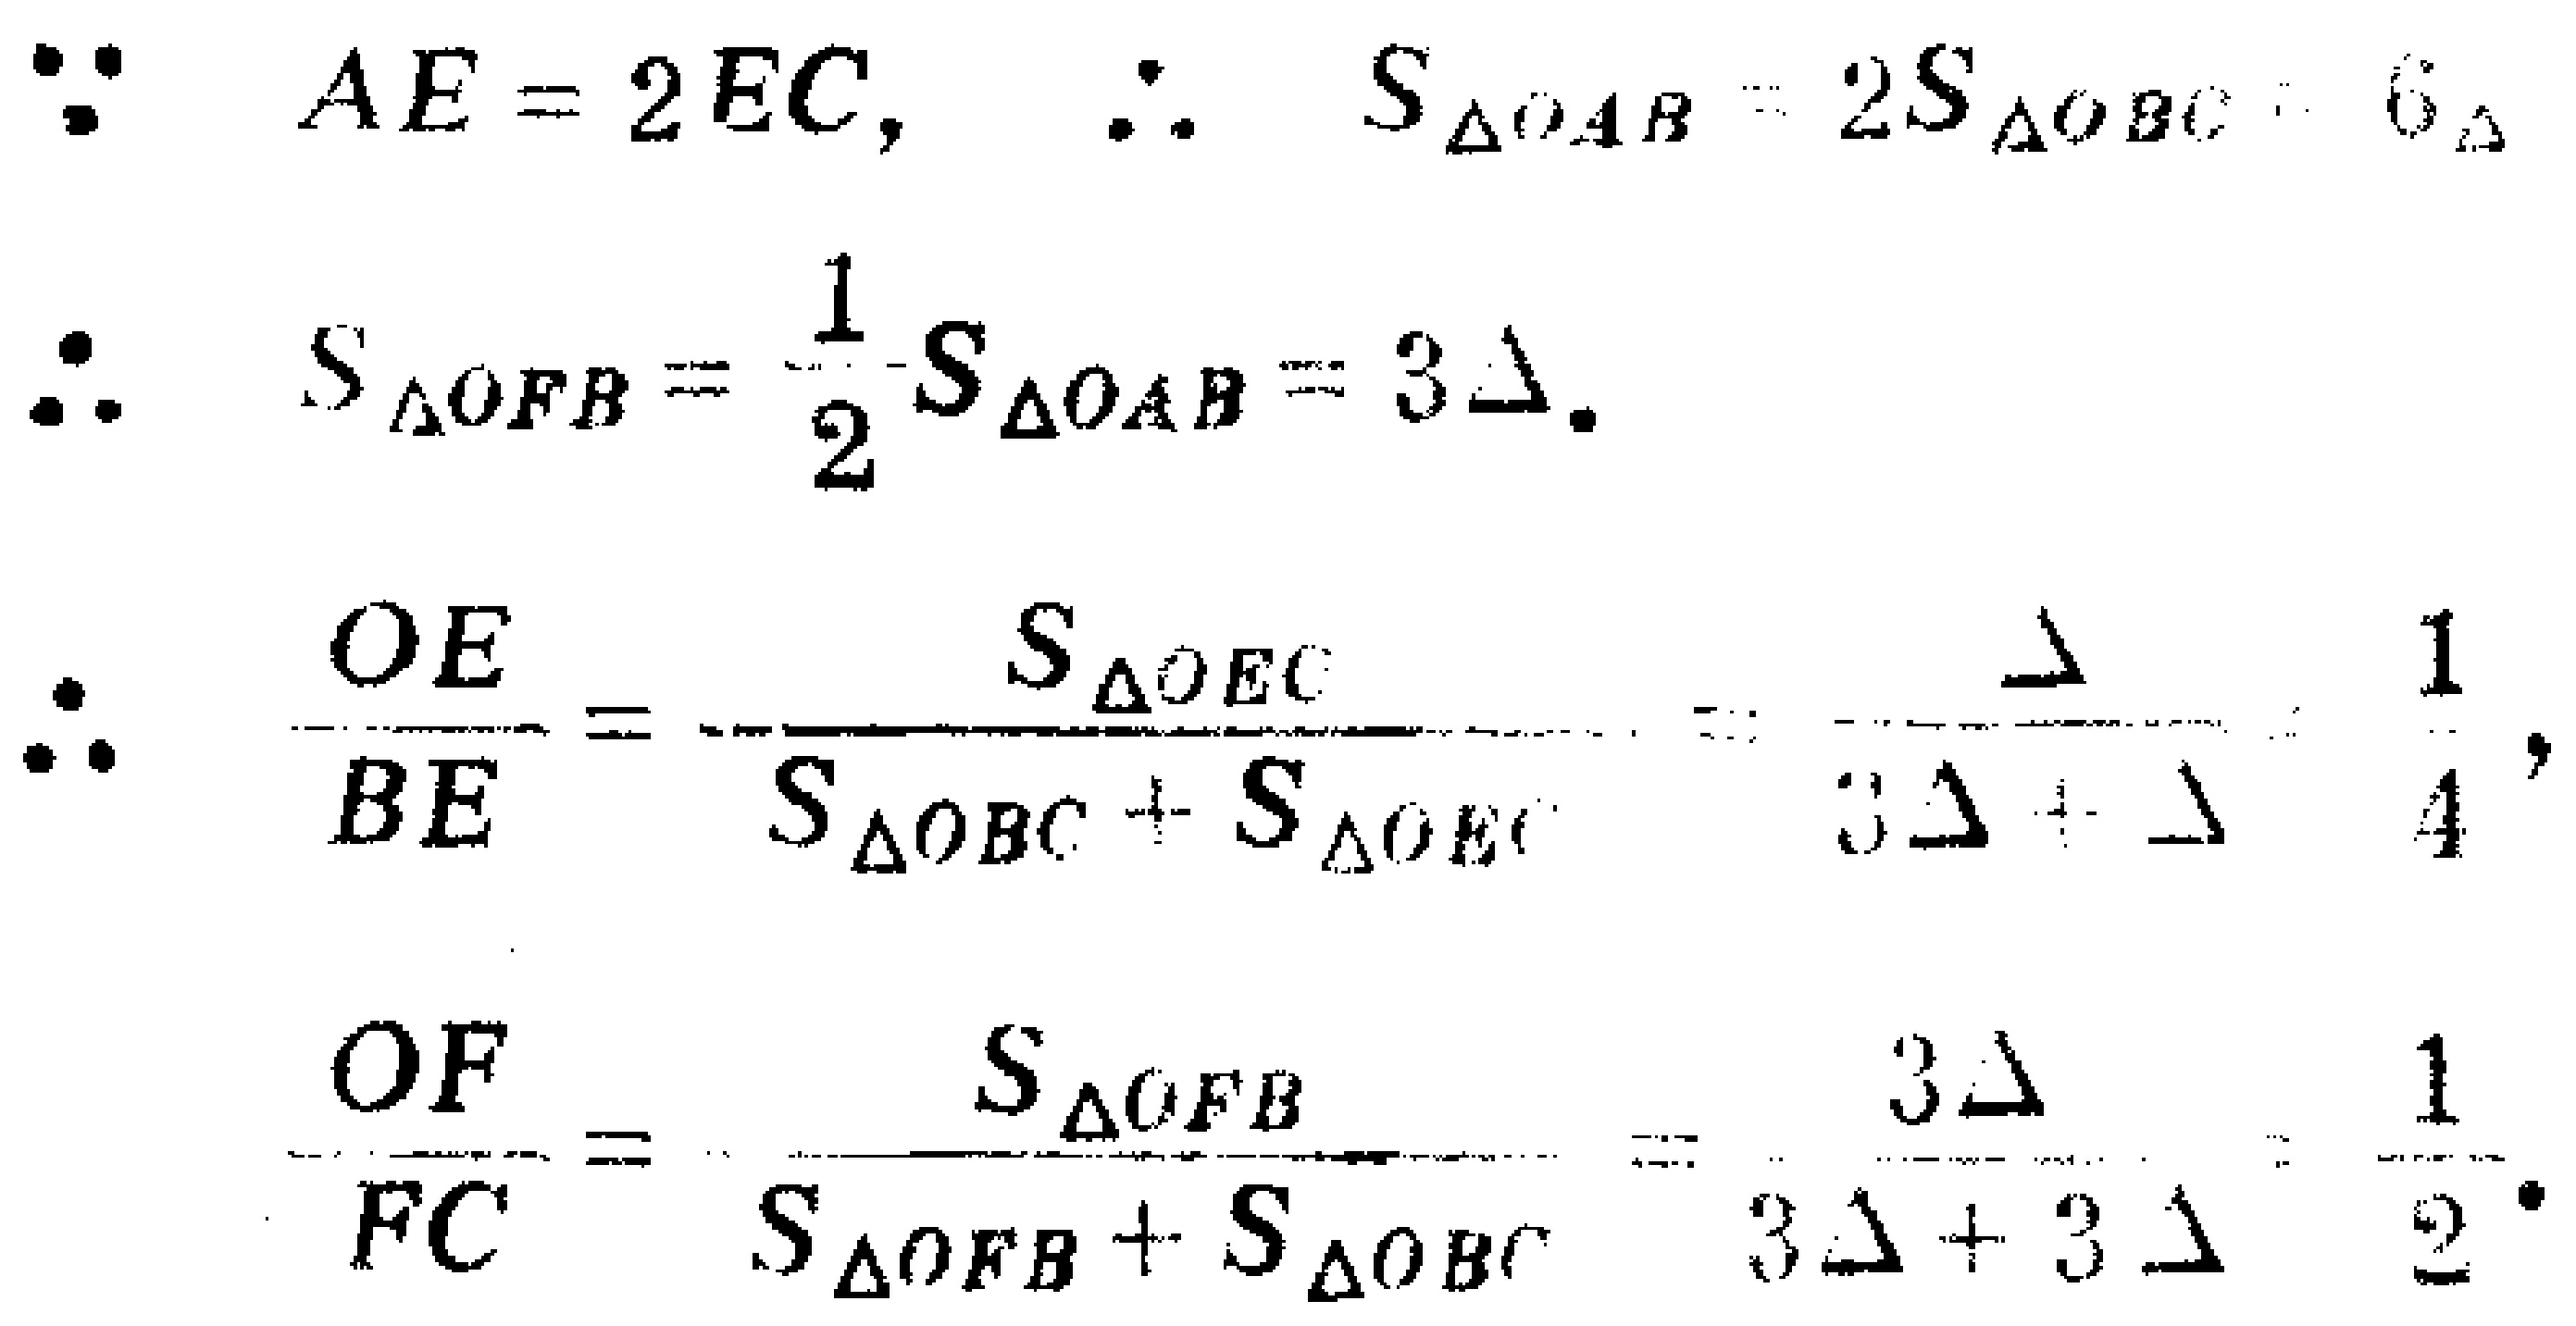
\[\begin{align*}

&\because AE = 2EC,\ \therefore S_{\triangle OAB}=2S_{\triangle OBC}\\

&\therefore S_{\triangle OFB}=\frac{1}{2}S_{\triangle OAB}=3\Delta\\

&\therefore \frac{OE}{BE}=\frac{S_{\triangle OEC}}{S_{\triangle OBC}+S_{\triangle OEC}}=\frac{\Delta}{3\Delta+\Delta}=\frac{1}{4}\\

&\frac{OF}{FC}=\frac{S_{\triangle OFB}}{S_{\triangle OFB}+S_{\triangle OBC}}=\frac{3\Delta}{3\Delta + 3\Delta}=\frac{1}{2}

\end{align*}\]